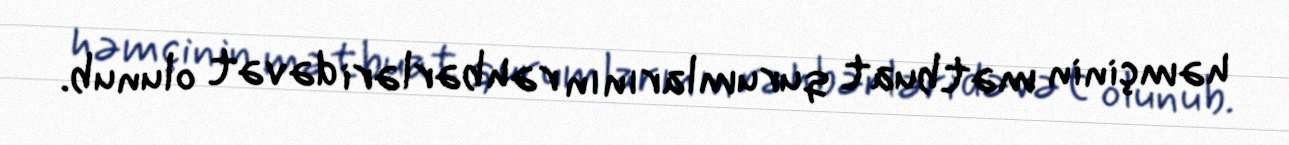
həmçinin mətbuat qurumlarının rəhbərləri dəvət olunub.